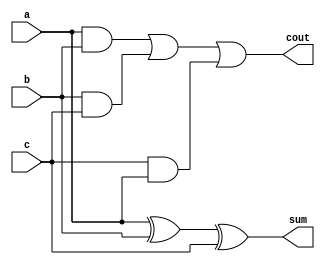
`timescale 1ns / 1ps
//////////////////////////////////////////////////////////////////////////////////
// Company: 
// Engineer: 
// 
// Design Name: 
// Module Name: RCadder
// Project Name: 
// Target Devices: 
// Tool Versions: 
// Description: 
// 
// Dependencies: 
// 
// Revision:
// Revision 0.01 - File Created
// Additional Comments:
// 
//////////////////////////////////////////////////////////////////////////////////


module RCadder(sum,cout,a,b,c);
    input a, b, c;
    output sum, cout;
    
    assign sum = a ^ b ^ c;
    assign cout = (a & b) | (b & c) | (c & a);
    
endmodule